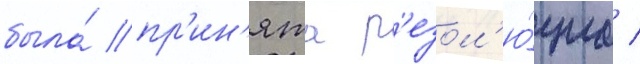
была́ пр'ин'ята р'езол'ю́циа /